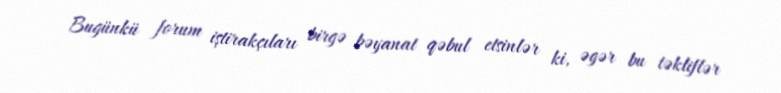
Bugünkü forum iştirakçıları birgə bəyanat qəbul etsinlər ki, əgər bu təkliflər